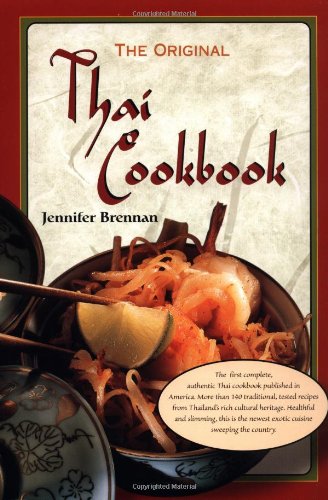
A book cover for The Original Thai Cookbook; Jennifer Brennan; Cookbooks, Food & Wine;